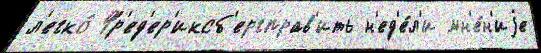
л'егко́ Фр'ед'ер'иксб'ергправ'ить н'ед'е́л'и мн'е́н'иjе